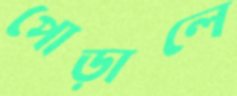
পোড়ালে